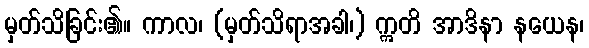
မှတ်သိခြင်း၏။ ကာလ၊ (မှတ်သိရာအခါ၊) ဣတိ အာဒိနာ နယေန၊